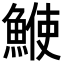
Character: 𩸲